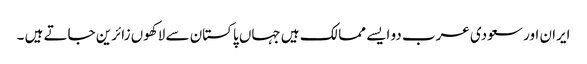
ایران اور سعودی عرب دو ایسے ممالک ہیں جہاں پاکستان سے لاکھوں زائرین جاتے ہیں ۔